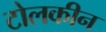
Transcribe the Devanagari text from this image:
टोलकीन